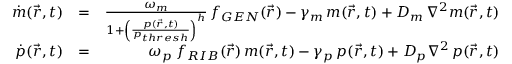
\begin{array} { r l r } { \dot { m } ( \vec { r } , t ) } & { = } & { \frac { \omega _ { m } } { 1 + \left( \frac { p ( \vec { r } , t ) } { p _ { t h r e s h } } \right) ^ { h } } \, f _ { G E N } ( \vec { r } ) - \gamma _ { m } \, m ( \vec { r } , t ) + D _ { m } \, \nabla ^ { 2 } m ( \vec { r } , t ) } \\ { \dot { p } ( \vec { r } , t ) } & { = } & { \omega _ { p } \; f _ { R I B } ( \vec { r } ) \, m ( \vec { r } , t ) - \gamma _ { p } \, p ( \vec { r } , t ) + D _ { p } \nabla ^ { 2 } \, p ( \vec { r } , t ) } \end{array}